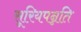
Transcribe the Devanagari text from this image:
सूरियपन्नति